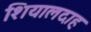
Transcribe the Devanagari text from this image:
शियालदाह